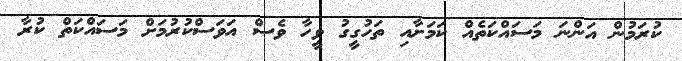
ކުރަމުން އަންނަ މަސައްކަތެއް ކަމަށާއި ތަހުގީގު ވީހާ ވެސް އަވަސްކުރުމަށް މަސައްކަތް ކުރާ